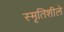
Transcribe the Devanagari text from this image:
स्मृतिशीले